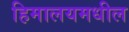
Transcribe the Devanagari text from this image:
हिमालयमधील